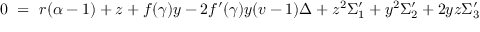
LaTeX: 0 ~ = ~ r ( \alpha - 1 ) + z + f ( \gamma ) y - 2 f ^ { \prime } ( \gamma ) y ( v - 1 ) \Delta + z ^ { 2 } \Sigma _ { 1 } ^ { \prime } + y ^ { 2 } \Sigma _ { 2 } ^ { \prime } + 2 y z \Sigma _ { 3 } ^ { \prime }